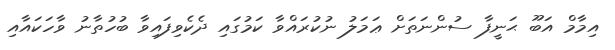
އިމާމް އަބޫ ޙަނީފާ ސުންނަތަށް ޢަމަލު ނުކުރައްވާ ކަމުގައި ދެކެވިފައިވާ ބުހުތާނު ވާހަކައާއި